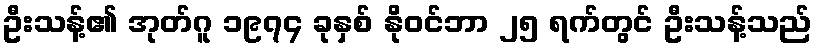
ဦးသန့်၏ အုတ်ဂူ ၁၉၇၄ ခုနှစ် နိုဝင်ဘာ ၂၅ ရက်တွင် ဦးသန့်သည်